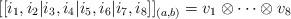
LaTeX: \begin{align*}[[i_1,i_2|i_3,i_4|i_5,i_6|i_7,i_8]]_{(a,b)} = v_1\otimes \cdots \otimes v_8\end{align*}